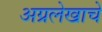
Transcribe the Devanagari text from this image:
अग्रलेखाचे